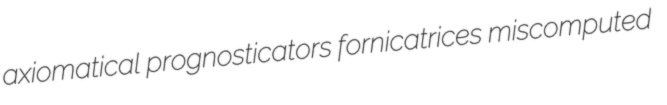
axiomatical prognosticators fornicatrices miscomputed